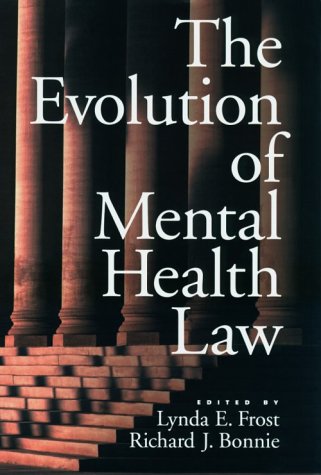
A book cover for The Evolution of Mental Health Law: (Law and Public Policy: Psychology and the Social Sciences); Lynda E. Frost; Law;